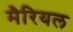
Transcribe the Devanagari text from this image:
मैरियल